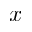
x